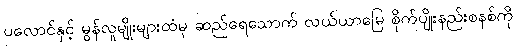
ပလောင်နှင့် မွန်လူမျိုးများထံမှ ဆည်ရေသောက် လယ်ယာမြေ စိုက်ပျိုးနည်းစနစ်ကို